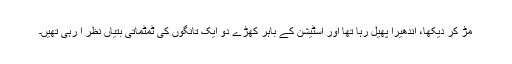
مڑ کر دیکھا، اندھیرا پھیل رہا تھا اور اسٹیشن کے باہر کھڑے دو ایک تانگوں کی ٹمٹماتی بتیاں نظر آ رہی تھیں۔